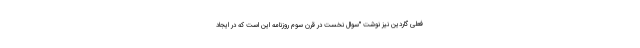
فعلی گاردین نیز نوشت "سوال نخست در قرن سوم روزنامه این است که در ایجاد